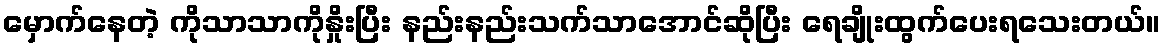
မှောက်နေတဲ့ ကိုသာသာကိုနှိုးပြီး နည်းနည်းသက်သာအောင်ဆိုပြီး ရေချိုးထွက်ပေးရသေးတယ်။